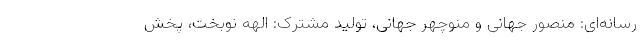
رسانه‌ای: منصور جهانی و منوچهر جهانی، تولید مشترک: الهه نوبخت، پخش